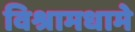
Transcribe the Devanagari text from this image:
विश्रामधामे